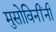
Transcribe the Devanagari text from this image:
मुसोविनींनी